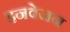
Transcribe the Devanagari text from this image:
इनवेजन